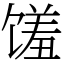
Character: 馐